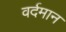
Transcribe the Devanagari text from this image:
वर्दमान